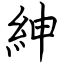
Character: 紳